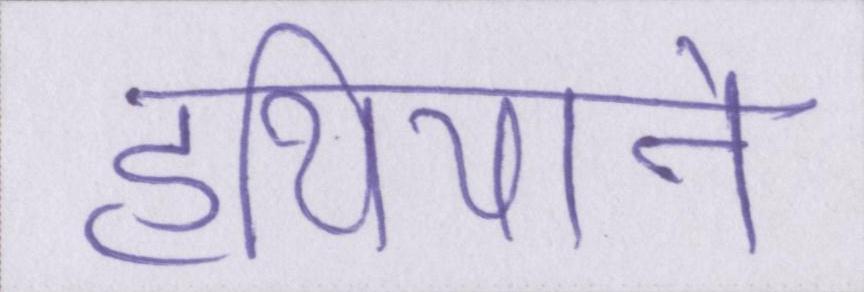
हथियाने